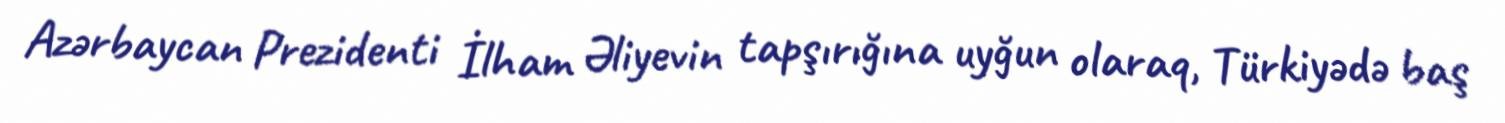
Azərbaycan Prezidenti İlham Əliyevin tapşırığına uyğun olaraq, Türkiyədə baş